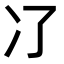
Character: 𠖭